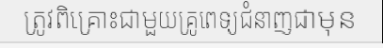
ត្រូវពិគ្រោះជាមួយគ្រូពេទ្យជំនាញជាមុន